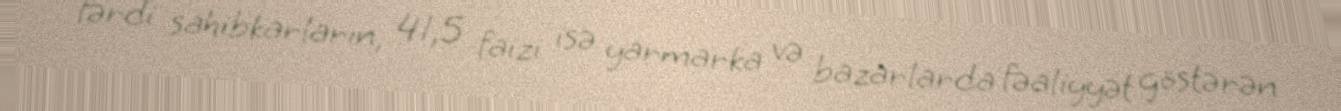
fərdi sahibkarların, 41,5 faizi isə yarmarka və bazarlarda fəaliyyət göstərən